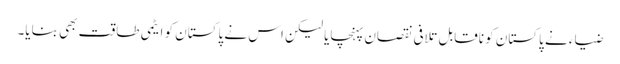
ضیاء نے پاکستان کو ناقابل تلافی نقصان پہنچایا لیکن اس نے پاکستان کو ایٹمی طاقت بھی بنایا۔